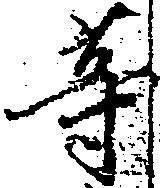
等